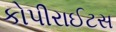
કોપીરાઈટસ